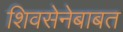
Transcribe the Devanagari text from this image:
शिवसेनेबाबत